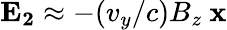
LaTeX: \mathbf{E_{2}}\approx-(v_{y}/c)B_{z}\ \mathbf{x}